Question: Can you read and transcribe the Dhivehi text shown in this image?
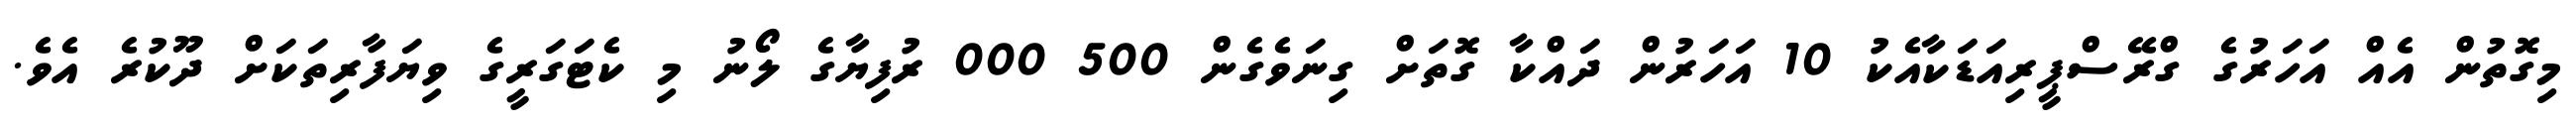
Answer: މިގޮތުން އެއް އަހަރުގެ ގްރޭސްޕީރިއަޑަކާއެކު 10 އަހަރުން ދައްކާ ގޮތަށް ގިނަވެގެން 500 000 ރުފިޔާގެ ލޯނު މި ކެޓަގަރީގެ ވިޔަފާރިތަކަށް ދޫކުރެ އެވެ.